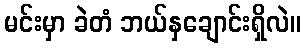
မင်းမှာ ခဲတံ ဘယ်နှချောင်းရှိလဲ။